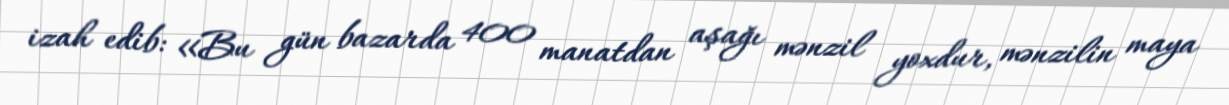
izah edib: «Bu gün bazarda 400 manatdan aşağı mənzil yoxdur, mənzilin maya